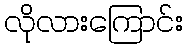
လိုလားကြောင်း